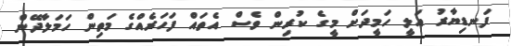
ފަނޑިޔާރު އަލީ ހަމީދަށް މީގެ ކުރިން ވެސް އެތައް ފަހަރެއްގެ މަތިން ހަމަލާދޭން